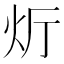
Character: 𮳞